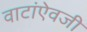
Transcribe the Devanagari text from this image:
वाटांऐवजी